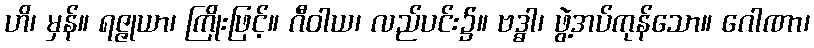
ဟိ၊ မှန်။ ရဇ္ဇုယာ၊ ကြိုးဖြင့်။ ဂီဝါယ၊ လည်ပင်း၌။ ဗဒ္ဓါ၊ ဖွဲ့အပ်ကုန်သော။ ဂေါဏာ၊